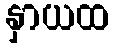
နှာယထ